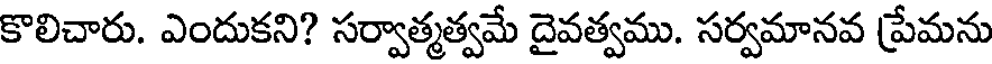
కొలిచారు. ఎందుకని? సర్వాత్మత్వమే దైవత్వము. సర్వమానవ ప్రేమను